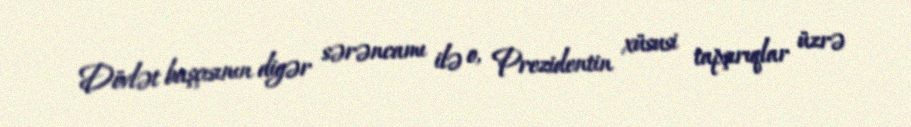
Dövlət başçısının digər sərəncamı ilə o, Prezidentin xüsusi tapşırıqlar üzrə